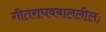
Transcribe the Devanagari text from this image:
गीतराघवबाललीलः